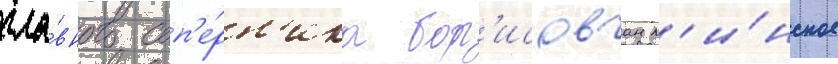
гла́вного соп'е́рн'ика бор'исовчан м'и́нское